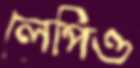
লেপিও